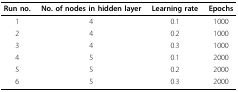
<table><thead><tr><td><b>Run no.</b></td><td><b>No. of nodes in hidden layer</b></td><td><b>Learning rate</b></td><td><b>Epochs</b></td></tr></thead><tbody><tr><td>1</td><td>4</td><td>0.1</td><td>1000</td></tr><tr><td>2</td><td>4</td><td>0.2</td><td>1000</td></tr><tr><td>3</td><td>4</td><td>0.3</td><td>1000</td></tr><tr><td>4</td><td>5</td><td>0.1</td><td>2000</td></tr><tr><td>5</td><td>5</td><td>0.2</td><td>2000</td></tr><tr><td>6</td><td>5</td><td>0.3</td><td>2000</td></tr></tbody></table>